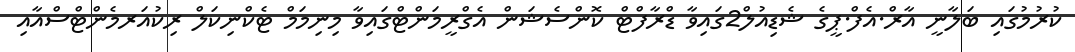
ކުރުމުގައި ބަލާނީ އާރް.އެފް.ޕީގެ ޝެޑިއުލް2ގައިވާ ޑްރާފްޓް ކޮންސެޝަން އެގްރީމަންޓްގައިވާ މިނިމަމް ޓެކްނިކަލް ރިކުއަރމެންޓްސްއާއި